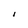
Character: I